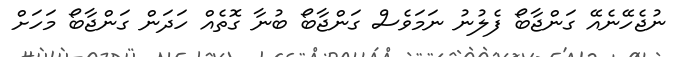
ނުޖެހޭނެއޭ ގަންޖާބޯ ފެލުނު ނަމަވެސް ގަންޖާބޯ ބުނާ ގޮތެއް ހަދަން ގަންޖާބޯ މަހަށް